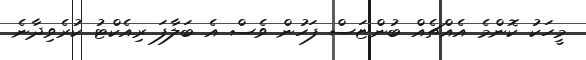
މީހަކު ކޮންމެ އެއްޗެއް ބުންޏަސް ފަހުން ވެސް އެ ބަލާފަ ރިއެކްޓު ކުރެވިދާނެ